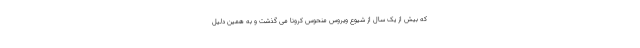
که بیش از یک سال از شیوع ویروس منحوس کرونا می گذشت و به همین دلیل